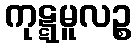
ကုဋ္ဋမူလဉ္စ